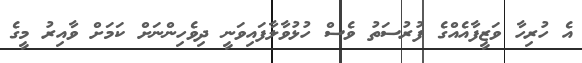
އެ ހުރިހާ ވަޒީފާއެއްގެ ފުރުސަތު ވެސް ހުޅުވާލާފައިވަނީ ދިވެހިންނަށް ކަމަށް ވާއިރު މީގެ